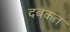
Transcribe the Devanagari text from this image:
दबकत